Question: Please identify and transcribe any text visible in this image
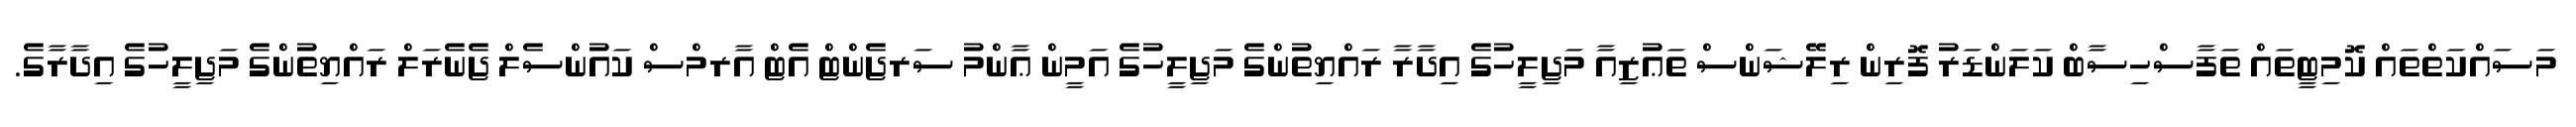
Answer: މަސައްކަތްތައް ކޮމިޓީތައް ތަފާސްހިސާބް ކަލަންޑަރު ފޮރިން ރިލޭޝަންސް ތަޢުޒިއާ މަޖިލީހުގެ އިދާރާ ރައްޔިތުންގެ މަޖިލީހުގެ އަމީން ޢާންމު ސަރޖެންޓް އެޓް އާރމްސް ކައުންސެލް ޖެނެރަލް ރައްޔިތުންގެ މަޖިލީހުގެ އިދާރާގެ.